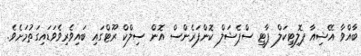
ބާއްވާ އޭޝިއާ ޕޮލިޓިކަލް ޕާޓީ ސްޕެޝަލް ކޮންފަރެންސް އޮން ސިލްކް ރޫޓްގައި ބައިވެރިވެވަޑައިގަތުމަށެވެ.